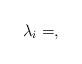
LaTeX: \begin{align*}\lambda_i &= , \end{align*}